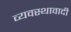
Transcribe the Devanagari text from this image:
व्यवस्थावादी